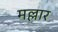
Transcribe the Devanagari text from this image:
मल्लार